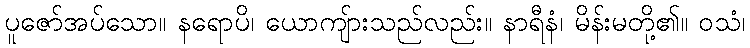
ပူဇော်အပ်သော။ နရောပိ၊ ယောကျ်ားသည်လည်း။ နာရီနံ၊ မိန်းမတို့၏။ ဝသံ၊